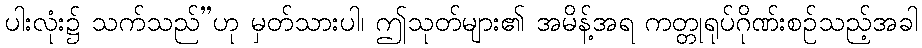
ပါးလုံး၌ သက်သည်”ဟု မှတ်သားပါ၊ ဤသုတ်များ၏ အမိန့်အရ ကတ္တုရုပ်ဂိုဏ်းစဉ်သည့်အခါ